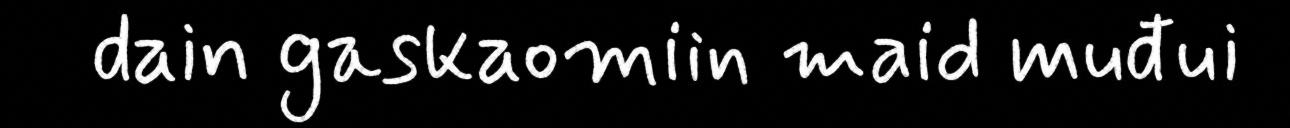
dain gaskaomiin maid muđui